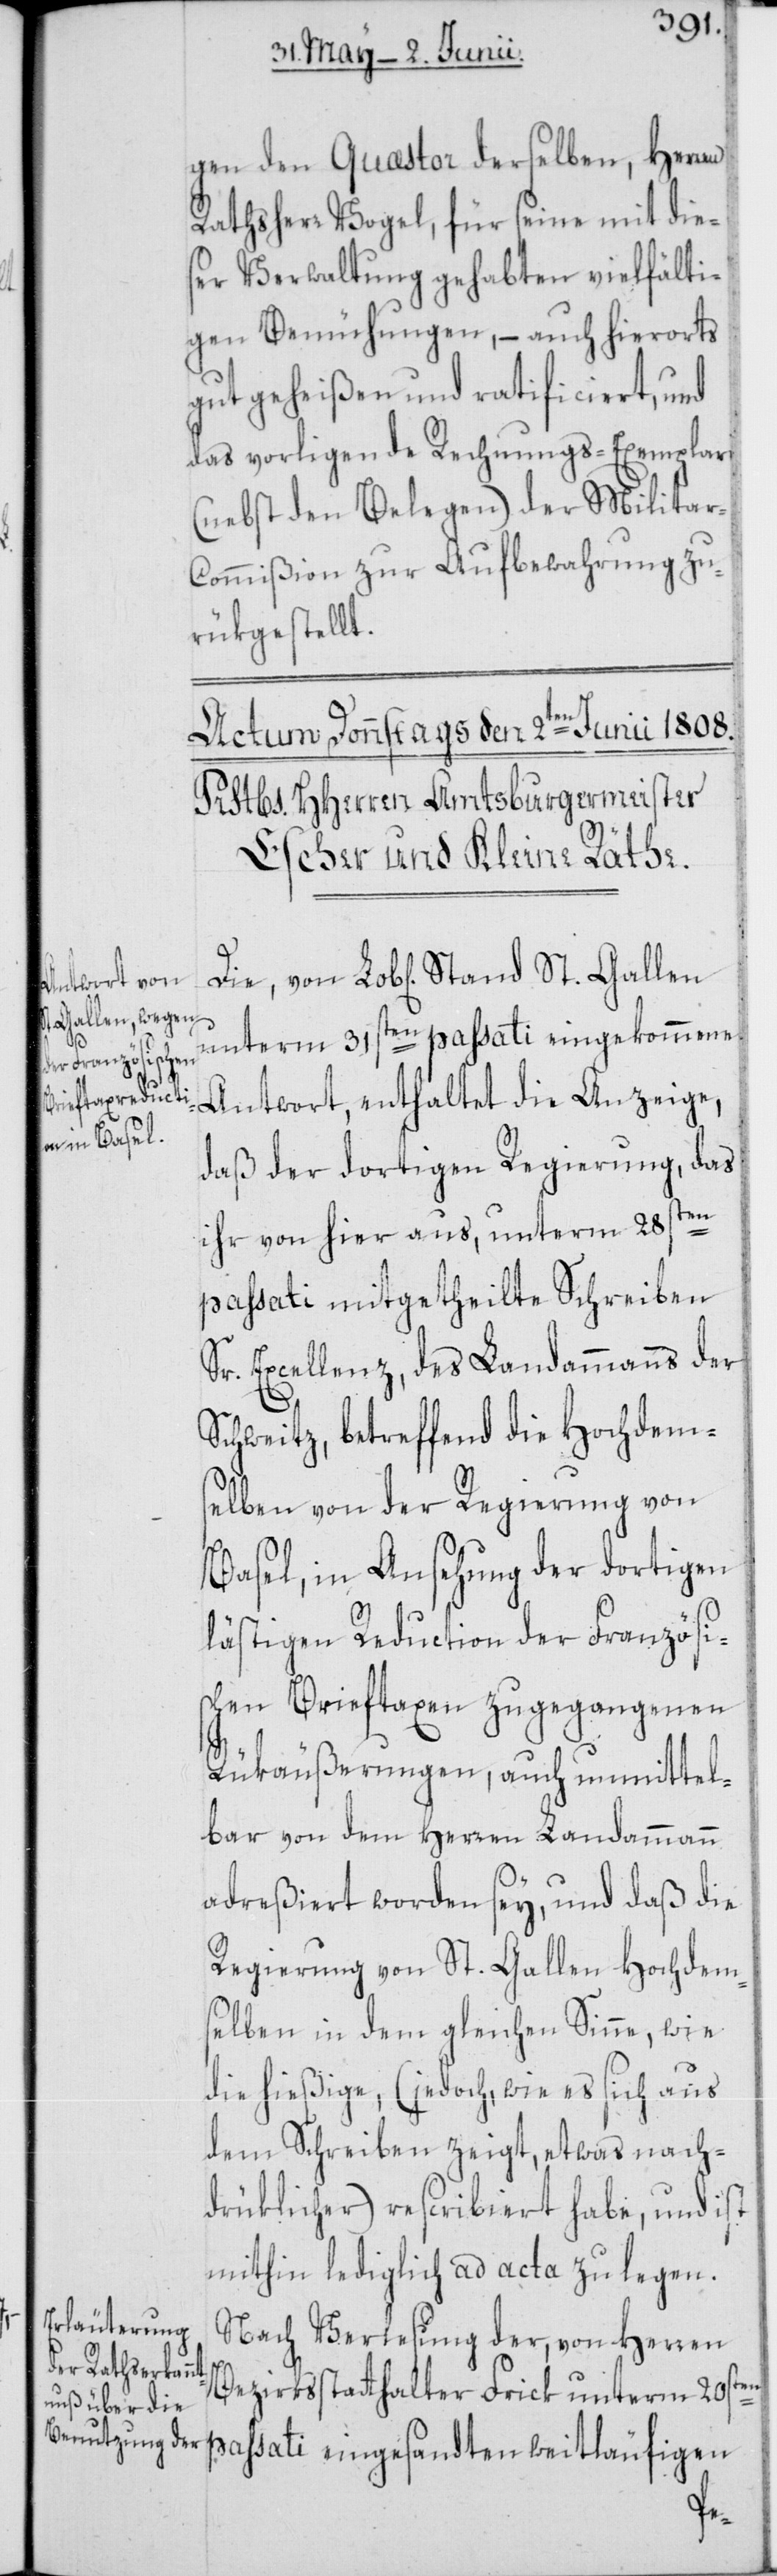
gen den Quæstor derselben, Herren
Rathsherr Vogel, für seine mit dies¬
er Verwaltung gehabten vielfälti¬
gen Bemühungen, – auch hierorts
gut geheißen und ratificiert, und
das vorliegende Rechnungs-Exemplar
(nebst den Belegen) der Milita¬
r-Commißion zur Aufbewahrung zu¬
rükgestellt.
unterm 31sten passati eingekommene
Antwort, enthaltend die Anzeige,
daß der dortigen Regierung, das
ihr von hier aus, unterm 28sten
passati mitgetheilte Schreiben
Sr. Excellenz, des Landammanns der
Schweitz, betreffend die Hochdem¬
selben von der Regierung von
Basel, in Ansehung der dortigen
lästigen Reduction der Französis¬
chen Brieftaxen zugegangenen
Rükäußerungen, auch unmittel¬
bar von dem Herren Landammann
adreßiert worden sey, und daß die
Regierung von St. Gallen Hochdem¬
selben in dem gleichen Sinne, wie
die hießige, (jedoch, wie es sich aus
dem Schreiben zeigt, etwas nach¬
drüklicher) rescribiert habe, und ist
mithin lediglich ad acta zu legen.
Nach Verlesung der, von Herren
Bezirksstatthalter Frick unterm 20sten
passati eingesandten weitläufigen
Die,